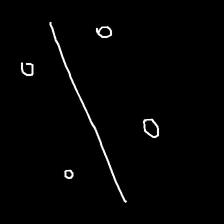
Glyph: cool